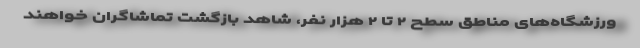
ورزشگاه‌های مناطق سطح ۲ تا ۲ هزار نفر، شاهد بازگشت تماشاگران خواهند